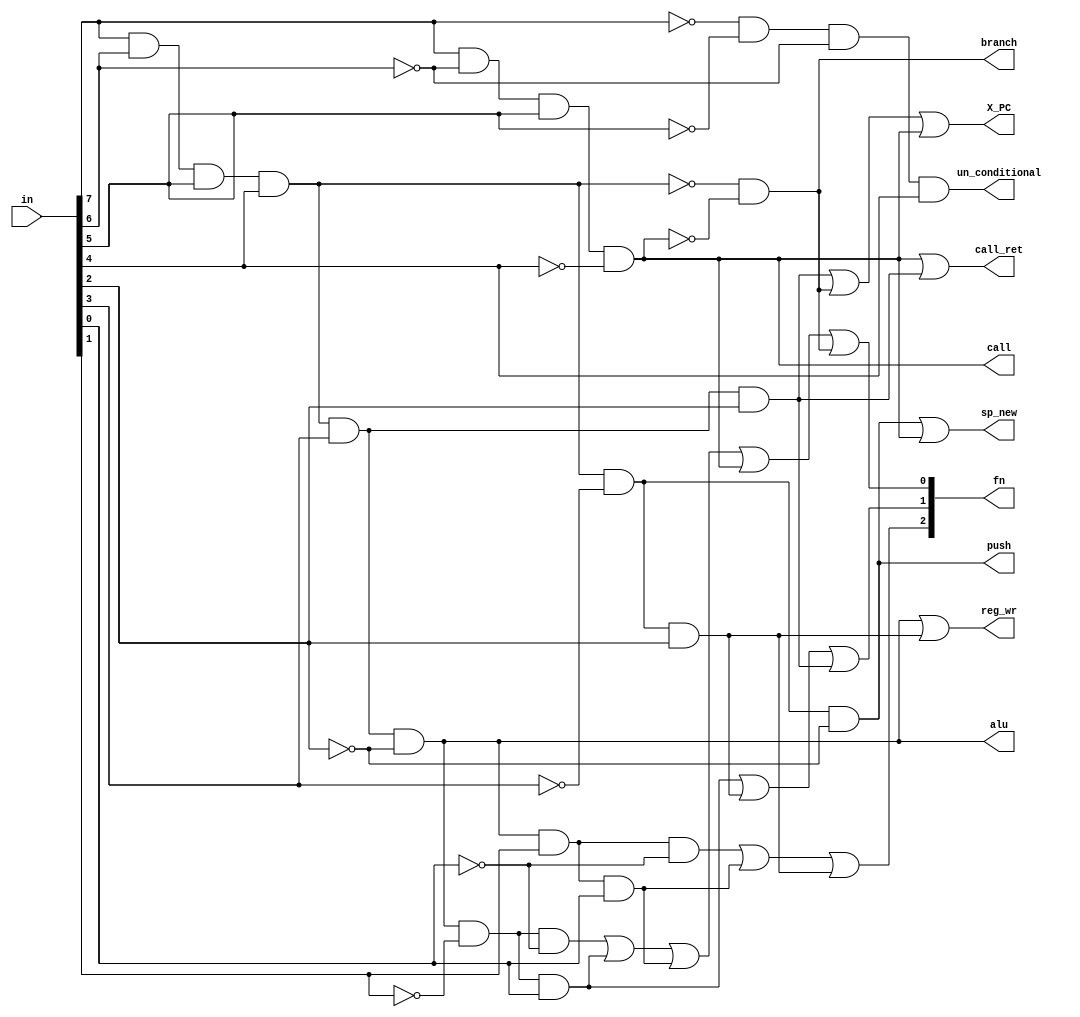
`timescale 1ns / 1ps
//////////////////////////////////////////////////////////////////////////////////
// Company: 
// Engineer: 
// 
// Design Name: 
// Module Name:    CONTROLLER 
// Project Name: 
// Target Devices: 
// Tool versions: 
// Description: 
//
// Dependencies: 
//
// Revision: 
// Revision 0.01 - File Created
// Additional Comments: 
//
//////////////////////////////////////////////////////////////////////////////////
module CONTROLLER(in,X_PC,branch,un_conditional,push,sp_new,call,reg_wr,alu,fn,call_ret);
	input [15:8] in;
	output [2:0] fn;
	output X_PC,branch,un_conditional,push,sp_new,call,reg_wr,alu,call_ret;
	wire non_label,in15,in14,in13,in12,in10,in9,in8,non_label1,call1,pop,ret,add,neg,or_,not_;
	and and0(non_label,in[15],in[14],in[13],in[12]);	//non label
	not n0(in15,in[15]);
	not n1(in14,in[14]);
	not n2(in13,in[13]);
	not n3(in12,in[12]);
	not n6(in11,in[11]);
	not n7(in10,in[10]);
	not n8(in9,in[9]);
	not n9(in8,in[8]);
	and ans1(un_conditional,in15,in13,in14,in[12]); //un_conditional
	and call_(call,in[15],in14,in[13],in12); //call	//data_mem_in_pc
	not n4(non_label1,non_label);
	not n5(call1,call);
	and and2(branch,non_label1,call1);//branch	Y_LABEL
	and and3(push,non_label,in11,in10);	//push	mem_wr
	and and4(pop,non_label,in11,in[10]);	//pop
	and and5(ret,non_label,in[11],in[10]);	//ret
	and and6(alu,non_label,in[11],in10);	//alu	//alu_status
	and and4_(add,alu,in9,in8);	//add
	and and4__(neg,alu,in9,in[8]);	//neg
	and and4___(or_,alu,in[9],in8);	//or_
	and and4____(not_,alu,in[9],in[8]);	//not_
	or or4(X_PC,ret,branch,call);	//X_PC
	or or5(sp_new,push,call);	//sp_new	// sp_minus
	or or6(reg_wr,alu,pop);	//reg_wr
	
	or or7(fn[0],add,neg,not_,call,branch);
	or or8(fn[1],neg,pop,ret);
	or or9(fn[2],or_,not_,pop);
	or or10(call_ret,call,ret);
endmodule